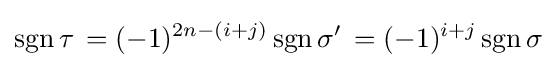
\operatorname {sgn} \tau \,=(-1)^{2n-(i+j)}\operatorname {sgn} \sigma '\,=(-1)^{i+j}\operatorname {sgn} \sigma